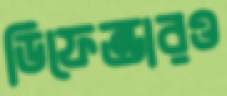
ডিফেন্ডারও